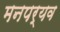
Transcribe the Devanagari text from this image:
मनपर्यव